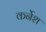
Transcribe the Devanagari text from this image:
कर्नेश